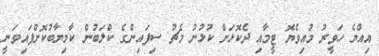
އިއްޔެ ހަވީރު މުއިވެޔޮ ޓީމާއި ދެކޮޅަށް ކުޅުނު މެޗު ސިފައިންގެ ކްލަބުން ކާމިޔާބުކޮށްފައިވަނީ